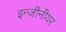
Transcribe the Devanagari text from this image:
इन्जीनीयर